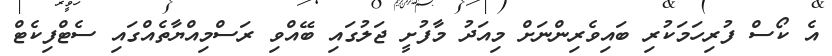
އެ ކޯސް ފުރިހަމަކުރި ބައިވެރިންނަށް މިއަދު މާފުށީ ޖަލުގައި ބޭއްވި ރަސްމިއްޔާތެއްގައި ސެޓްފިކެޓް